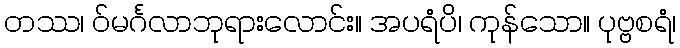
တဿ၊ ဝ်မင်္ဂလာဘုရားလောင်း။ အပရံပိ၊ ကုန်သော။ ပုဗ္ဗစရံ၊